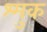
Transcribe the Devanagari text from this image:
श्मुक